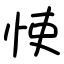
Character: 㤦